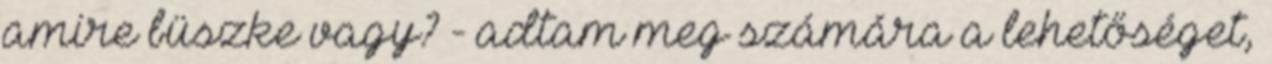
amire büszke vagy? - adtam meg számára a lehetőséget,